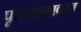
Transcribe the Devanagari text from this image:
पृष्ठभागावरच